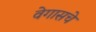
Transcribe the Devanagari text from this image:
वेगासचे